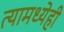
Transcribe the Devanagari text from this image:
त्यामध्येही